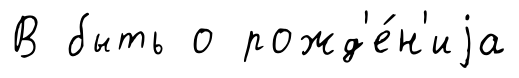
В быть о рожд'е́н'иjа